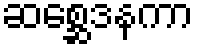
ဆစ္ဆေဒနကာ